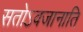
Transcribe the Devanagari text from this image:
सतोऽवजानाति